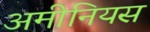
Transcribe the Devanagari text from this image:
अमीनियस